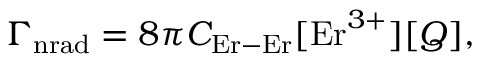
{ \Gamma } _ { \mathrm { n r a d } } = 8 \pi C _ { \mathrm { E r - E r } } [ \mathrm { E r } ^ { 3 + } ] [ Q ] ,